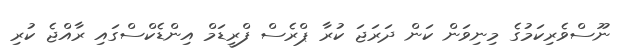
ނޫސްވެރިކަމުގެ މިނިވަން ކަން ދަރަޖަ ކުރާ ޕްރެސް ފްރީޑަމް އިންޑެކްސްގައި ރާއްޖެ ކުރި